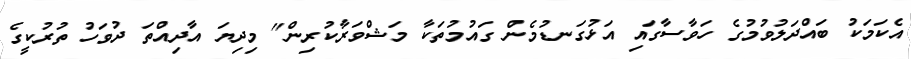
އެކަމަކު ބައްދަލުވުމުގެ ހަވާސާގައި އަޅުގަނޑުމެން ގައުމުތަކާ މަޝްވަރާކުރިން" މިދިޔަ އާދިއްތަ ދުވަހު ތުރުކީގެ